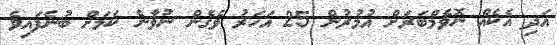
އަދި އެކެއް ނޮވެމްބަރަށް އުމުރުން 25 އަހަރު ވެގެން ނުވާނެ ކަމަށް ބުނެފައިވެ